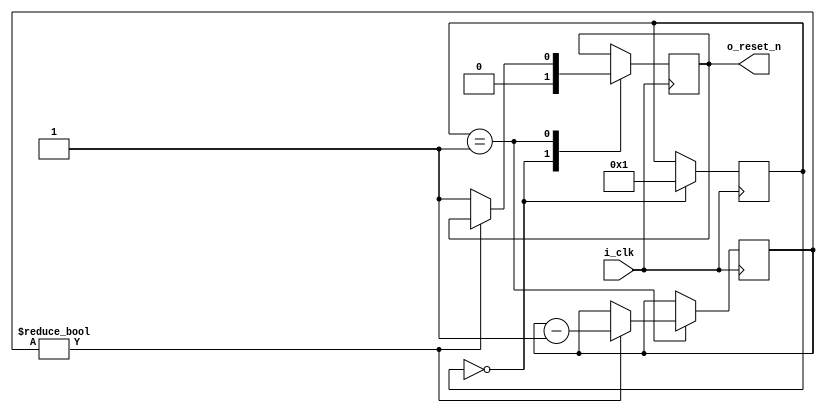
module rstn_gen
#(parameter RST_CNT = 2500000) //50ms= 2500000
(
	input i_clk,
	output o_reset_n
);

reg [3:0] rst_sm;
reg rst_n;
reg [31:0] rst_cnt;

assign o_reset_n = rst_n;


initial begin 
    rst_n <= 1'b0;
    rst_cnt <= RST_CNT;
    rst_sm <= 4'd0;
end

always@(posedge i_clk) begin
    case(rst_sm)
        0: begin
            rst_sm <= 1;
            rst_n <= 1'b0;
        end
        1: begin
            if(rst_cnt != 0) begin
                rst_cnt <= rst_cnt - 1'b1;
            end
            else begin
                rst_n <= 1'b1;
            end
        end
    endcase
end


endmodule